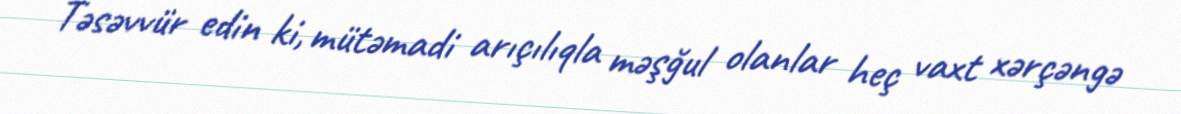
Təsəvvür edin ki, mütəmadi arıçılıqla məşğul olanlar heç vaxt xərçəngə